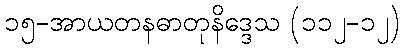
၁၅-အာယတနဓာတုနိဒ္ဒေသ (၁၁၂-၁၂)